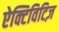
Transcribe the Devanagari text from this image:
ऐक्टिविटिज़